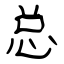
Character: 总